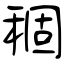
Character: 稒